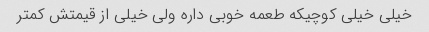
خیلی خیلی کوچیکه طعمه خوبی داره ولی خیلی از قیمتش کمتر